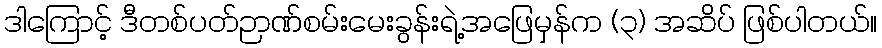
ဒါကြောင့် ဒီတစ်ပတ်ဉာဏ်စမ်းမေးခွန်းရဲ့အဖြေမှန်က (၃) အဆိပ် ဖြစ်ပါတယ်။